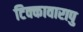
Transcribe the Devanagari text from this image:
टिक्कावारापु